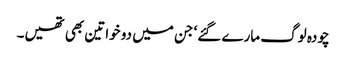
چودہ لوگ مارے گئے‘ جن میں دو خواتین بھی تھیں۔